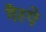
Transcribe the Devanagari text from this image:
गैस्पे